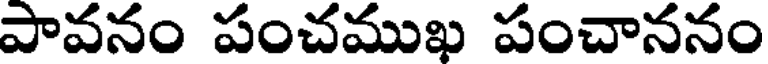
పావనం పంచముఖ పంచాననం